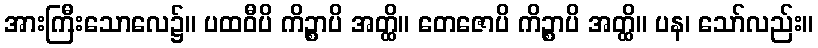
အားကြီးသောလေ၌။ ပထဝီပိ ကိဉ္စာပိ အတ္ထိ။ တေဇောပိ ကိဉ္စာပိ အတ္ထိ။ ပန၊ သော်လည်း။